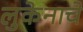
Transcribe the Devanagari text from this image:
लुकेनाचे